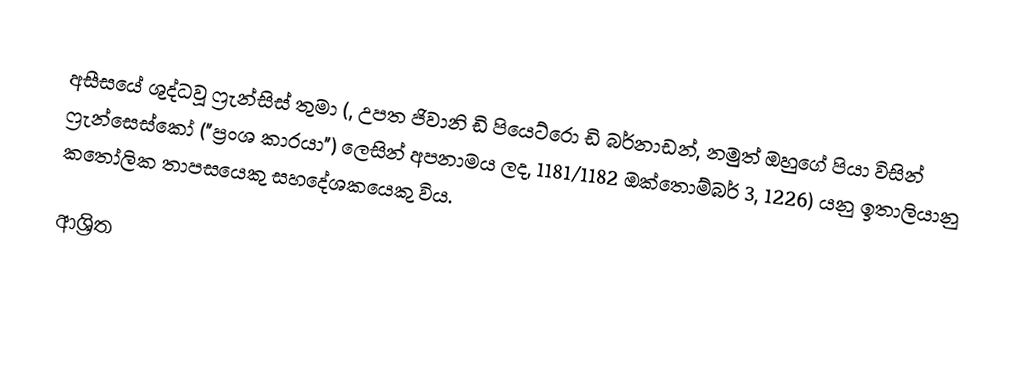
අසීසයේ ශුද්ධවූ ෆ්‍රැන්සිස් තුමා (, උපත ජිවානි ඩි පියෙට්රො ඩි බර්නාඩන්, නමුත් ඔහුගේ පියා විසින්  ෆ්‍රැන්සෙස්කෝ ("ප්‍රංශ කාරයා") ලෙසින් අපනාමය ලද, 1181/1182 ඔක්තොම්බර් 3, 1226) යනු ඉතාලියානු කතෝලික  තාපසයෙකු සහදේශකයෙකු විය.

ආශ්‍රිත